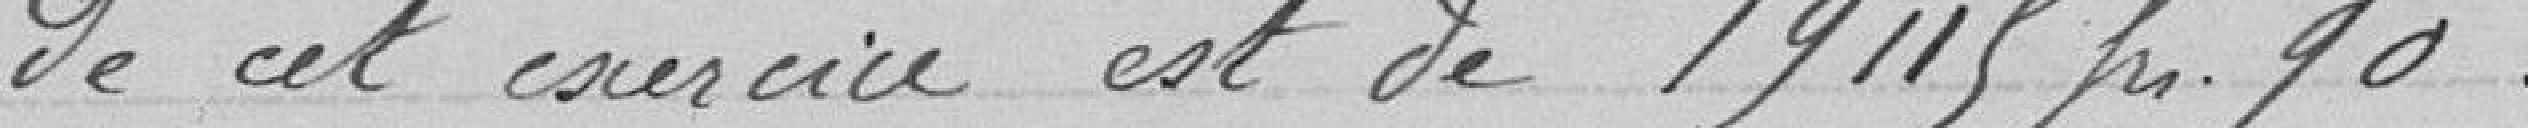
de cet exercice est de 19115 frs 90.